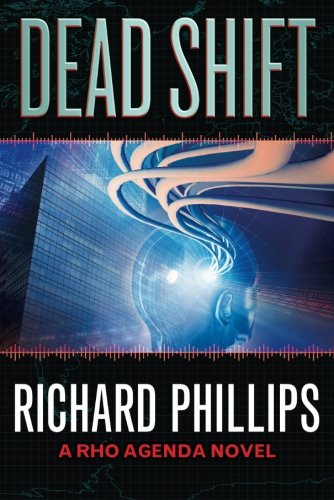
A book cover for Dead Shift (The Rho Agenda Inception); Richard Phillips; Science Fiction & Fantasy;